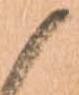
候